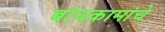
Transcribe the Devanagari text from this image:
बांधकामांचे